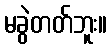
မခွဲတတ်ဘူး။